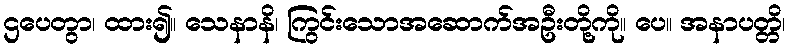
ဌပေတွာ၊ ထား၍။ သေနာနိ၊ ကြွင်းသောအဆောက်အဦးတို့ကို။ ပေ။ အနာပတ္တိ၊